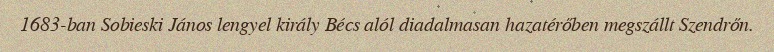
1683-ban Sobieski János lengyel király Bécs alól diadalmasan hazatérőben megszállt Szendrőn.